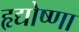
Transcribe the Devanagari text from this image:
हृद्योष्णा